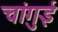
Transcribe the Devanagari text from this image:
चांगुई